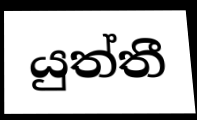
යුත්තී